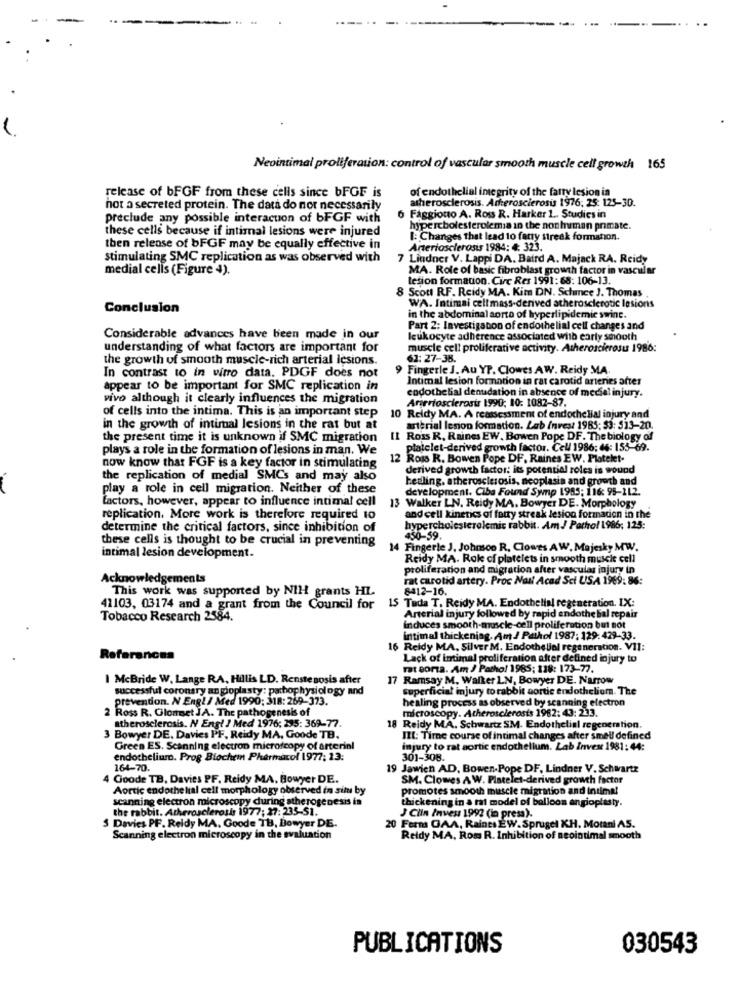
Neointimal proliferation: control of vascular smooth muscle cell growth 165
of endothelial integrity of the farry lesion ia
release of bFGF from these cells since bFGF is
atherosclerosis. Aterosclerosi 1976: 25: 125-30.
not a secreted protein. The data do not necessarily
preclude any possible interaction of bFGF with
6 Faggiono A. Ross R. Harker 1 .. Studies in
these cells because if intimal lesions were injured
hypercholesterolemia in the non human primate.
I: Changes that lead to farty streak formation.
then release of bFGF may be equally effective in
Arteriosclerosis 1984: 4: 323.
stimulating SMC replication as was observed with
7 Lindner V. Lappi DA. Baird A. Majack RA. Reidy
medial cells (Figure 4).
MA. Role of basic fibroblast growth factor in vascular
lesion formation. Circ Res 1991: 68: 106-13.
8 Scott RF. Reidy MA. Kim DN. Schance J. Thomas
Conclusion
WA. Intimai cellmass-derived atherosclerotic lesions
in the abdominal aorto of hyperlipidemie swine.
Part 2: Investigabon of endothelial cell changes and
Considerable advances have been made in our
leukocyte adherence associated with early smooth
understanding of what factors are important for
muscle cell proliferative activity. Atheroscierosu 1986:
the growth of smooth muscle-rich arterial lesions.
62: 27-38.
Fingerle J. Au YP. Clowes AW. Reidy MA.
In contrast to in vitro data, PDGF does not
Intimal lesion formanon in rat carotid arteries after
appear to be important for SMC replication in
vivo although it clearly influences the migration
Arteriosclerosis 1990; 10: 1082-87.
endothelial denudation in absence of medsel injury.
of cells into the intima. This is an important step
10 Reidy MA. A reassessment of endothelial injury and
in the growth of intimal lesions in the rat but at
arterial lesion formation. Lab Invest 1985; $3: 513-20.
the present time it is unknown if SMC migration
IL Ross R, Raines EW. Bowen Pope DF. The biology of
plays a role in the formation of lesions in man. We
platelet-derived growth factor. Cell 1986: 46: 155-69.
12 Ross R. Bowen Pope DF, Raines EW. Platelet-
now know that FGF is a key factor in stimulating
derived growth factor: its potential roles is wound
the replication of medial SMCs and may also
healing, atherosclerosis, neoplasia and growth and
play a role in cell migration. Neither of these
development. Ciba Found Symp 1985; 116: 95-212.
factors, however, appear to influence intimal cell
13 Walker LN. Reidy MA. Bowyer DE. Morphology
replication. More work is therefore required to
and cell kinetics of fatty streak lesion formation in the
determine the critical factors, since inhibition off
hypercholesterolemic rabbit. Am J Pathol 1986; 125:
these cells is thought to be crucial in preventing
450-59.
14 Fingerle J. Johmoo R. Clowes AW. Majesky MW.
intimal lesion development.
Reidy MA. Role of platelets in smooth muscle cell
proliferation and migration after vasculas injury in
Acknowledgements
rat carotid artery. Proc Nail Acad Sci USA 1969: 86:
This work was supported by NIH grants HL
8412-16.
15 Tada T. Reidy MA. Endothelial regeneration. IX:
41103, 03174 and a grant from the Council for
Tobacco Research 2584.
Arterial injury followed by rapid endothe lial repair
induces smooth-muscle-cell proliferation but not
intimal thickening. Am J Pathol 1987: 129: 429-33.
16 Reidy MA, Silver M. Endothelial regeneration. VII:
References
Lack of intimal proliferation after defined injury to
rat corta. Am J Patho! 1985; 118: 173-77.
I McBride W. Lange RA, Hillis LD. Renstenosis after
17 Ramsay M, Walker LN, Bowyer DE. Narrow
successful coronary angioplasty: pathophysiology and
superficial injury to rabbit aortic endotheliom. The
Prevention. N Engl / Med 1990: 318: 269-373.
healing process as observed by scanning electron
2 Ross R. Glonset JA. The pathogenesis of
microscopy. Atherosclerosis 1962: 43: 233.
atherosclerosis. N Engl J Med 1976; 295: 369-77.
8 Reidy MA. Schwartz SM. Endothelial regeneration.
3 Bowyer DE. Davies PF, Reidy MA, Goode TB.
IIL: Time course of intimal changes after smell defined
Green ES. Scanning electron microscopy of arterinl
injury to rat aortic endothelium. Lab Invent 1981: 44:
endothelium. Prog Blochein Pharmacol 1977; 13:
301-308.
164-70.
19 Jawien AD. Bowen.Pope DF. Lindner V. Schwartz
Goode TB, Davies PF. Reidy MA. Bowyer DE.
SM. Clowes A W. Platelet-derived growth factor
Aortic endothe lial cell morphology observed in situ by
promotes smooth muscle migration and intima!
scanning electron microscopy during atherogenesis in
thickening in a rat model of balloon angioplasty.
the rabbit. Atherosclerosis 1977; 27: 235-51.
$ Davies PF. Reidy MA. Goode 113, Bowyer DE.
J Clin Inves 1992 (in press).
20 Forms GAA, Raines ÈW. Sprugel KH, Motani AS.
Scanning electron microscopy in the evaluation
Reidy MA, Rom R. Inhibition of neointimal smooth
PUBLICATIONS
030543